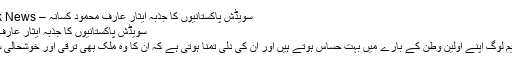
سویڈش پاکستانیوں کا جذبہ ایثار عارف محمود کسانہ – Gujrat Link News
سویڈش پاکستانیوں کا جذبہ ایثار عارف محمود کسانہ
بیرون ملک مقیم لوگ اپنے اولین وطن کے بارے میں بہت حساس ہوتے ہیں اور ان کی دلی تمنا ہوتی ہے کہ ان کا وہ ملک بھی ترقی اور خوشحالی سے ہمکنار ہو۔